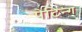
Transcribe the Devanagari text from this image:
पेटिन्ग